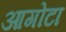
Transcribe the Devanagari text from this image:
आगोटा